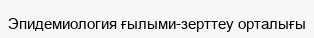
Эпидемиология ғылыми-зерттеу орталығы